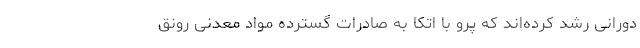
دورانی رشد کرده‌اند که پرو با اتکا به صادرات گسترده مواد معدنی رونق